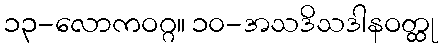
၁၃-လောကဝဂ္ဂ။ ၁၀-အသဒိသဒါနဝတ္ထု